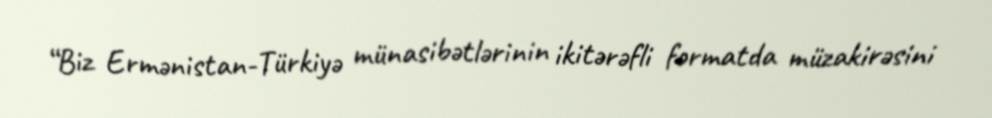
“Biz Ermənistan-Türkiyə münasibətlərinin ikitərəfli formatda müzakirəsini